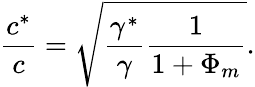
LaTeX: \frac{c^{*}}{c}=\sqrt{\frac{\gamma^{*}}{\gamma}\frac{1}{1+\Phi_{m}}}.